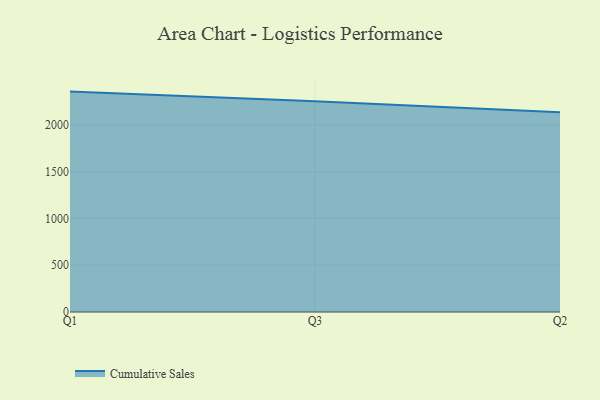
{"axis": {"x": "Quarter", "y": "Inventory Turnover"}, "legend": ["Cumulative Sales"], "data": [{"x": "Q1", "y": 2357.8, "type": "Cumulative Sales"}, {"x": "Q3", "y": 2255.5, "type": "Cumulative Sales"}, {"x": "Q2", "y": 2138.1, "type": "Cumulative Sales"}]}